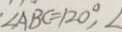
\angle A B C = 1 2 0 ^ { \circ } , \angle